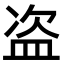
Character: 盗